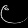
Digit: ၉